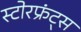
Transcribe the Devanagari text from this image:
स्टोरफ्रंट्स